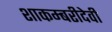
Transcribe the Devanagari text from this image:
शाकम्बरीदेवी